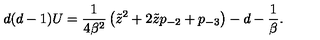
d ( d - 1 ) U = { \frac { 1 } { 4 \beta ^ { 2 } } } \left( \tilde { z } ^ { 2 } + 2 \tilde { z } p _ { - 2 } + p _ { - 3 } \right) - d - { \frac { 1 } { \beta } } .